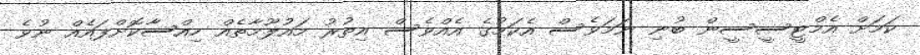
ކަމަށް އެމްޓީސީސީން ބުނި ނަމަވެސް އެކަމުގެ އެއްވެސް އިތުރު މައުލޫމާތެއް ހިއްސާކޮށްފައެއް ނުވެ